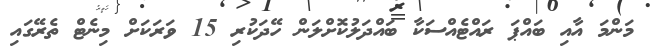
މަންމަ އާއި ބައްޕަ ރައްޓެއްސަކާ ބައްދަލުކޮށްލަން ހޭދަކުރި 15 ވަރަކަށް މިނެޓް ތެރޭގައި